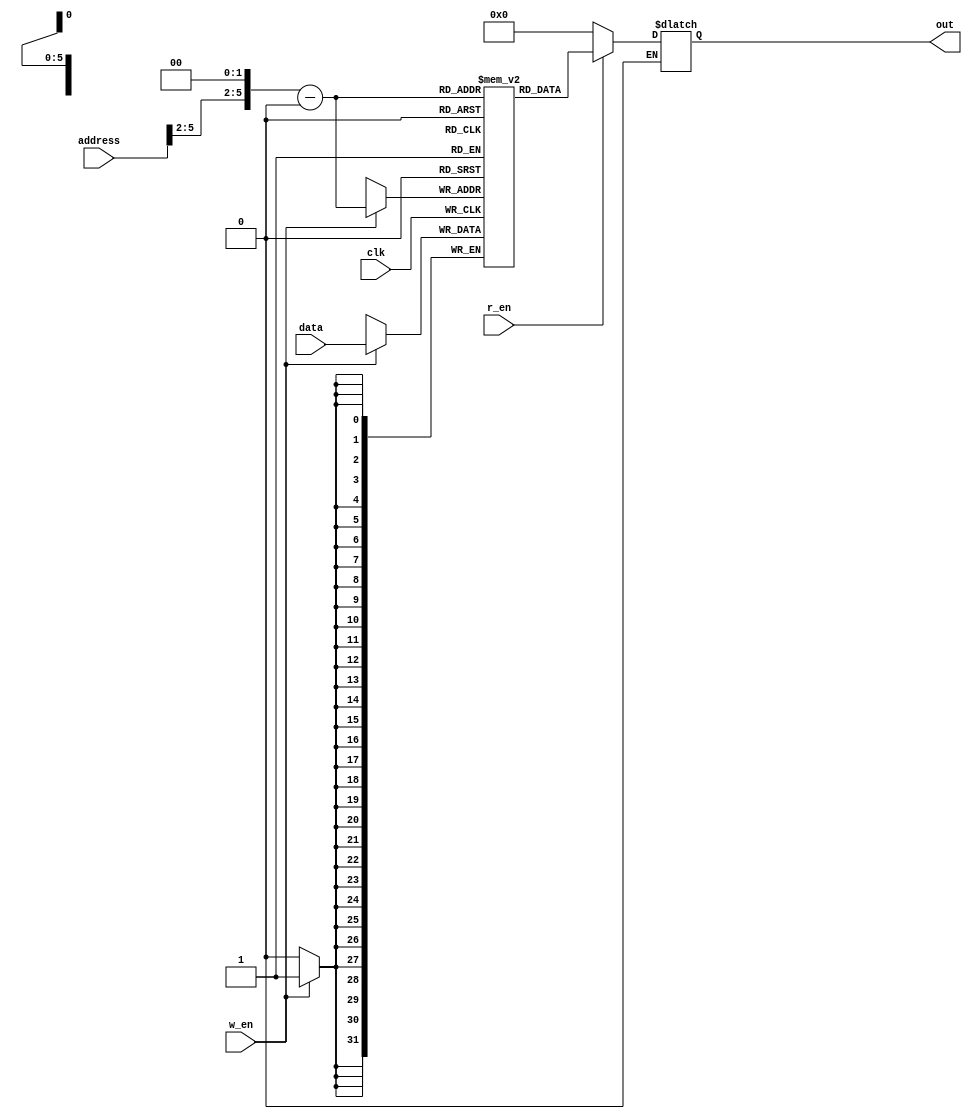
module Memory(input [31 : 0] data,input [31 : 0] address, input w_en, input r_en, input clk, output reg [31 : 0] out);
    reg [31 : 0] mem [0 : 64-1];
    wire [31 : 0] address_np;
    always @(posedge clk) begin
        if(w_en)
            mem[address_np] <= data;
    end
    always @(*) begin
    
    if (r_en==1) out <= mem[address_np];
    else if(r_en==0) out <= 32'b0;
    end
    assign address_np = {address[31 : 2], 2'b0} - 32'h400;
endmodule